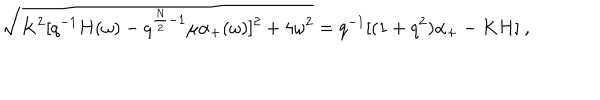
\sqrt { K ^ { 2 } [ q ^ { - 1 } H ( \omega ) - q ^ { { \frac { N } { 2 } } - 1 } \mu \alpha _ { + } ( \omega ) ] ^ { 2 } + 4 \omega ^ { 2 } } = q ^ { - 1 } [ ( 1 + q ^ { 2 } ) \alpha _ { + } - K H ] \ ,